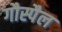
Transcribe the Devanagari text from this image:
गौस्पैल